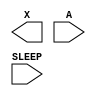
module sky130_fd_sc_hdll__inputiso1p (
    X    ,
    A    ,
    SLEEP
);

    output X    ;
    input  A    ;
    input  SLEEP;

    // Voltage supply signals
    supply1 VPWR;
    supply0 VGND;
    supply1 VPB ;
    supply0 VNB ;

endmodule